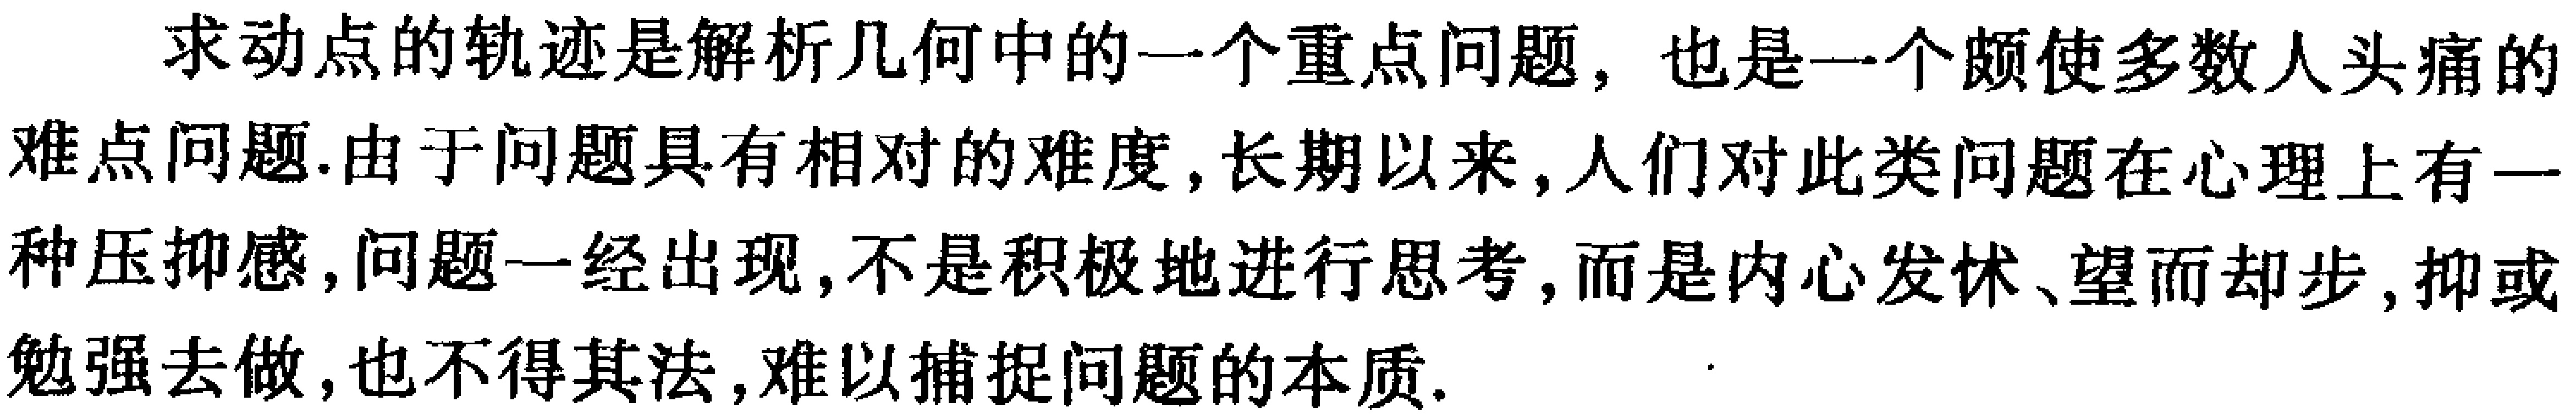
求动点的轨迹是解析几何中的一个重点问题，也是一个颇使多数人头痛的难点问题.由于问题具有相对的难度, 长期以来, 人们对此类问题在心理上有一种压抑感, 问题一经出现, 不是积极地进行思考, 而是内心发怵、望而却步, 抑或勉强去做, 也不得其法, 难以捕捉问题的本质.